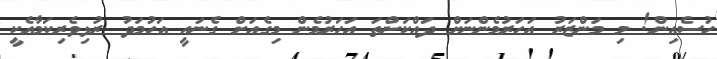
ހުސެއިން! މި މަންޒަރު އަހަރުމެންނަށް ދައްކަންތަ އަހަރުމެން މިގެއަށް ގެނައީ އަހުމަދު ރުޅިވެރިކަމާއެކީ